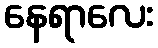
နေရာလေး